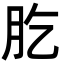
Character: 肐